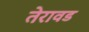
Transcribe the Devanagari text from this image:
तेरावड